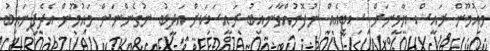
މައުމޫން ރައީސް ޔާމީނަށް ސިޓީއެއް ނުފޮނުއްވާނައިބު ރައީސަކަށް އަދީބު ނުގެންނަން މައުމޫން އެދެފިނައިބު